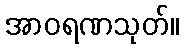
အာဝရဏသုတ်။